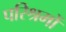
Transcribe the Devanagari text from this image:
परिश्रमों